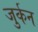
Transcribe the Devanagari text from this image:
जुर्कन